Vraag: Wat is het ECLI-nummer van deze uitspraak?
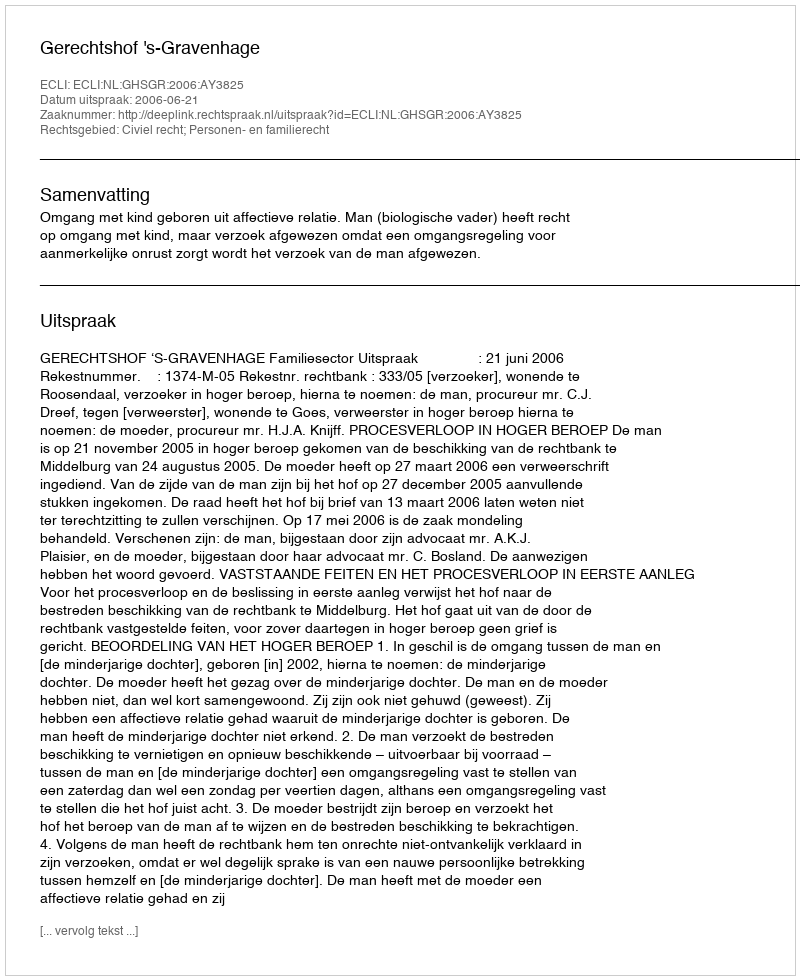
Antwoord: ECLI:NL:GHSGR:2006:AY3825